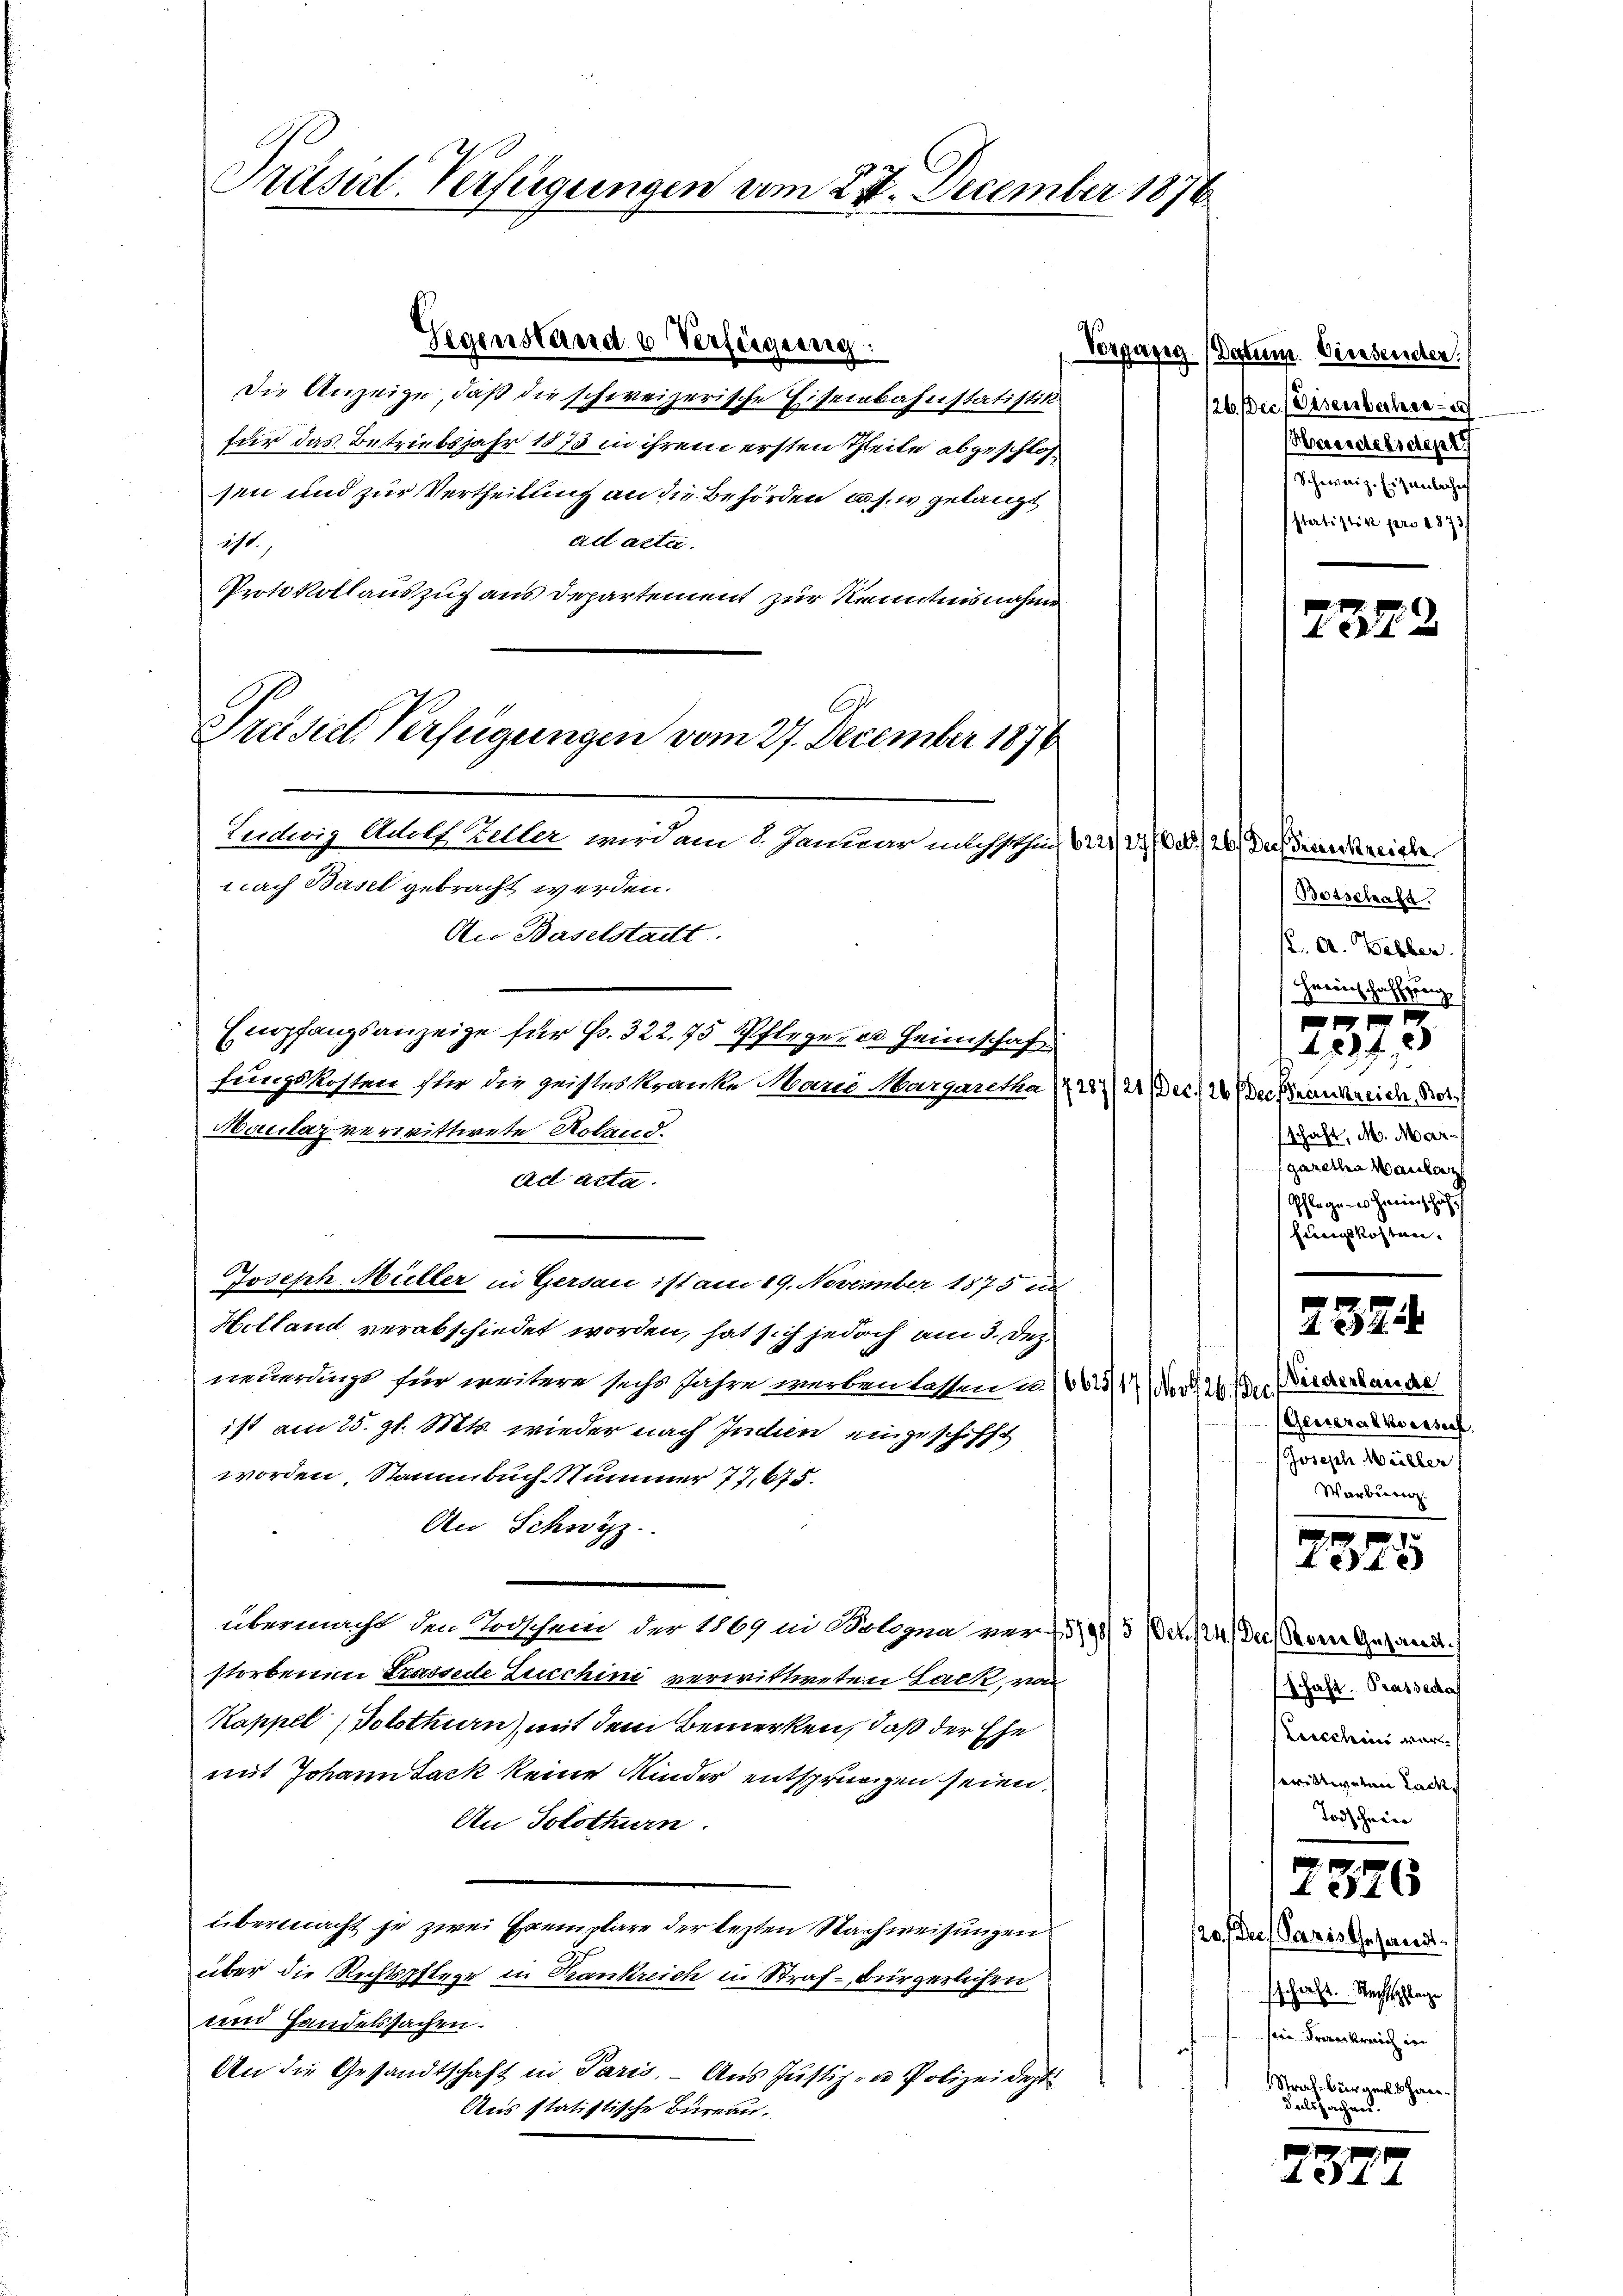
Präsul-Verfügungen vom 23. December 1876.

Die Anzeige, daß die schweizerische Eisenbahnstatistin
für das Betriebsjahr 1873 in ihrem ersten Theile abgeschlossen und zur Vertheilung an die Behörden u. s. w. gelangt
ad acte.
ist
Protokollauszug aus Departement zur Kenntnisnahme
nach Basel gebracht werden.
An Baselstadt.
Empfangsanzeige für Fr. 322. 75 Pfleger u. Heimschaf
fungskosten ster die geisteskranke Marie Margaretha (21 Dec. 20. Der Krankreiche Ber
Haclaz verwittwete Roland.
ad acta.
Joseph Müller in Gersau ist am 19. November 1875 un
Helland verabschiedet worden, hat sich jedoch am 3. Dez.
neuerängt für weitere sechs Jahre werben lassen u. 1604, 17 No 44 der Niederlande
ist am 25. gl. Mts. wieder nach Indien eingeschifft
worden, Staumbuch Nummer 77,675.
An Schwyz
übermacht den Todschein der 1869 in Bologna vor 1390) 3 (Nr. 124. Der Seine Gesand
storbenen Brassede Zucchini verwittweten Lack von
Kappel (Volothurn) mit dem Bemerken, daß der Ehe
mit Johann sack keine Minder entsprungen seien.
An Solothurn.
übermacht je zwei Exemplare der lezten Nachweisungen
über die Rechtspflege in Krankreich in Straf-Bürgerlichen
und Handelssachen.
An die Gesandtschaft in Paris. — Aus Justiz zu Polizeidept
Aus statistische Bureau.

Gegenstand u Verfügung

Ast
Prüstet. Verfügungen vom 27. December 1876
Leideriz Adolf Keller wird am 8. Januar nachsthin bei, d. d. 20. Dachdem beide

Vorgaseg Datum. Diesenden.
/26. Dec. (Disenbachse u
Mecsendelschen
Schweiz. Eisenberhei
sstatistik pro 1873/

Botschaft.
K. A. Webler.
Freinschaffung

489 f.
schaft, d. Margaretha Wander
Pflege - es Herinschafft
fungskosten.

2379

2
1321.

Generalversuch,
Joseph Müller
Warburg.
(schaft. Prasse da
eischein war.
seristigerten Lack
Todschein

xx
4x

120. Der Paris Gesandt.
schaft. Rechtschlage
sein Krankreich in
Straf Bürgerl. Hagedelssachens.

2326

2322